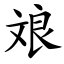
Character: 斏